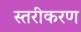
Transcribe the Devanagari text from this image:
स्‍तरीकरण